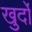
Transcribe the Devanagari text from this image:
खुर्दो